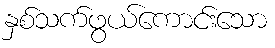
နှစ်သက်ဖွယ်ကောင်းသော